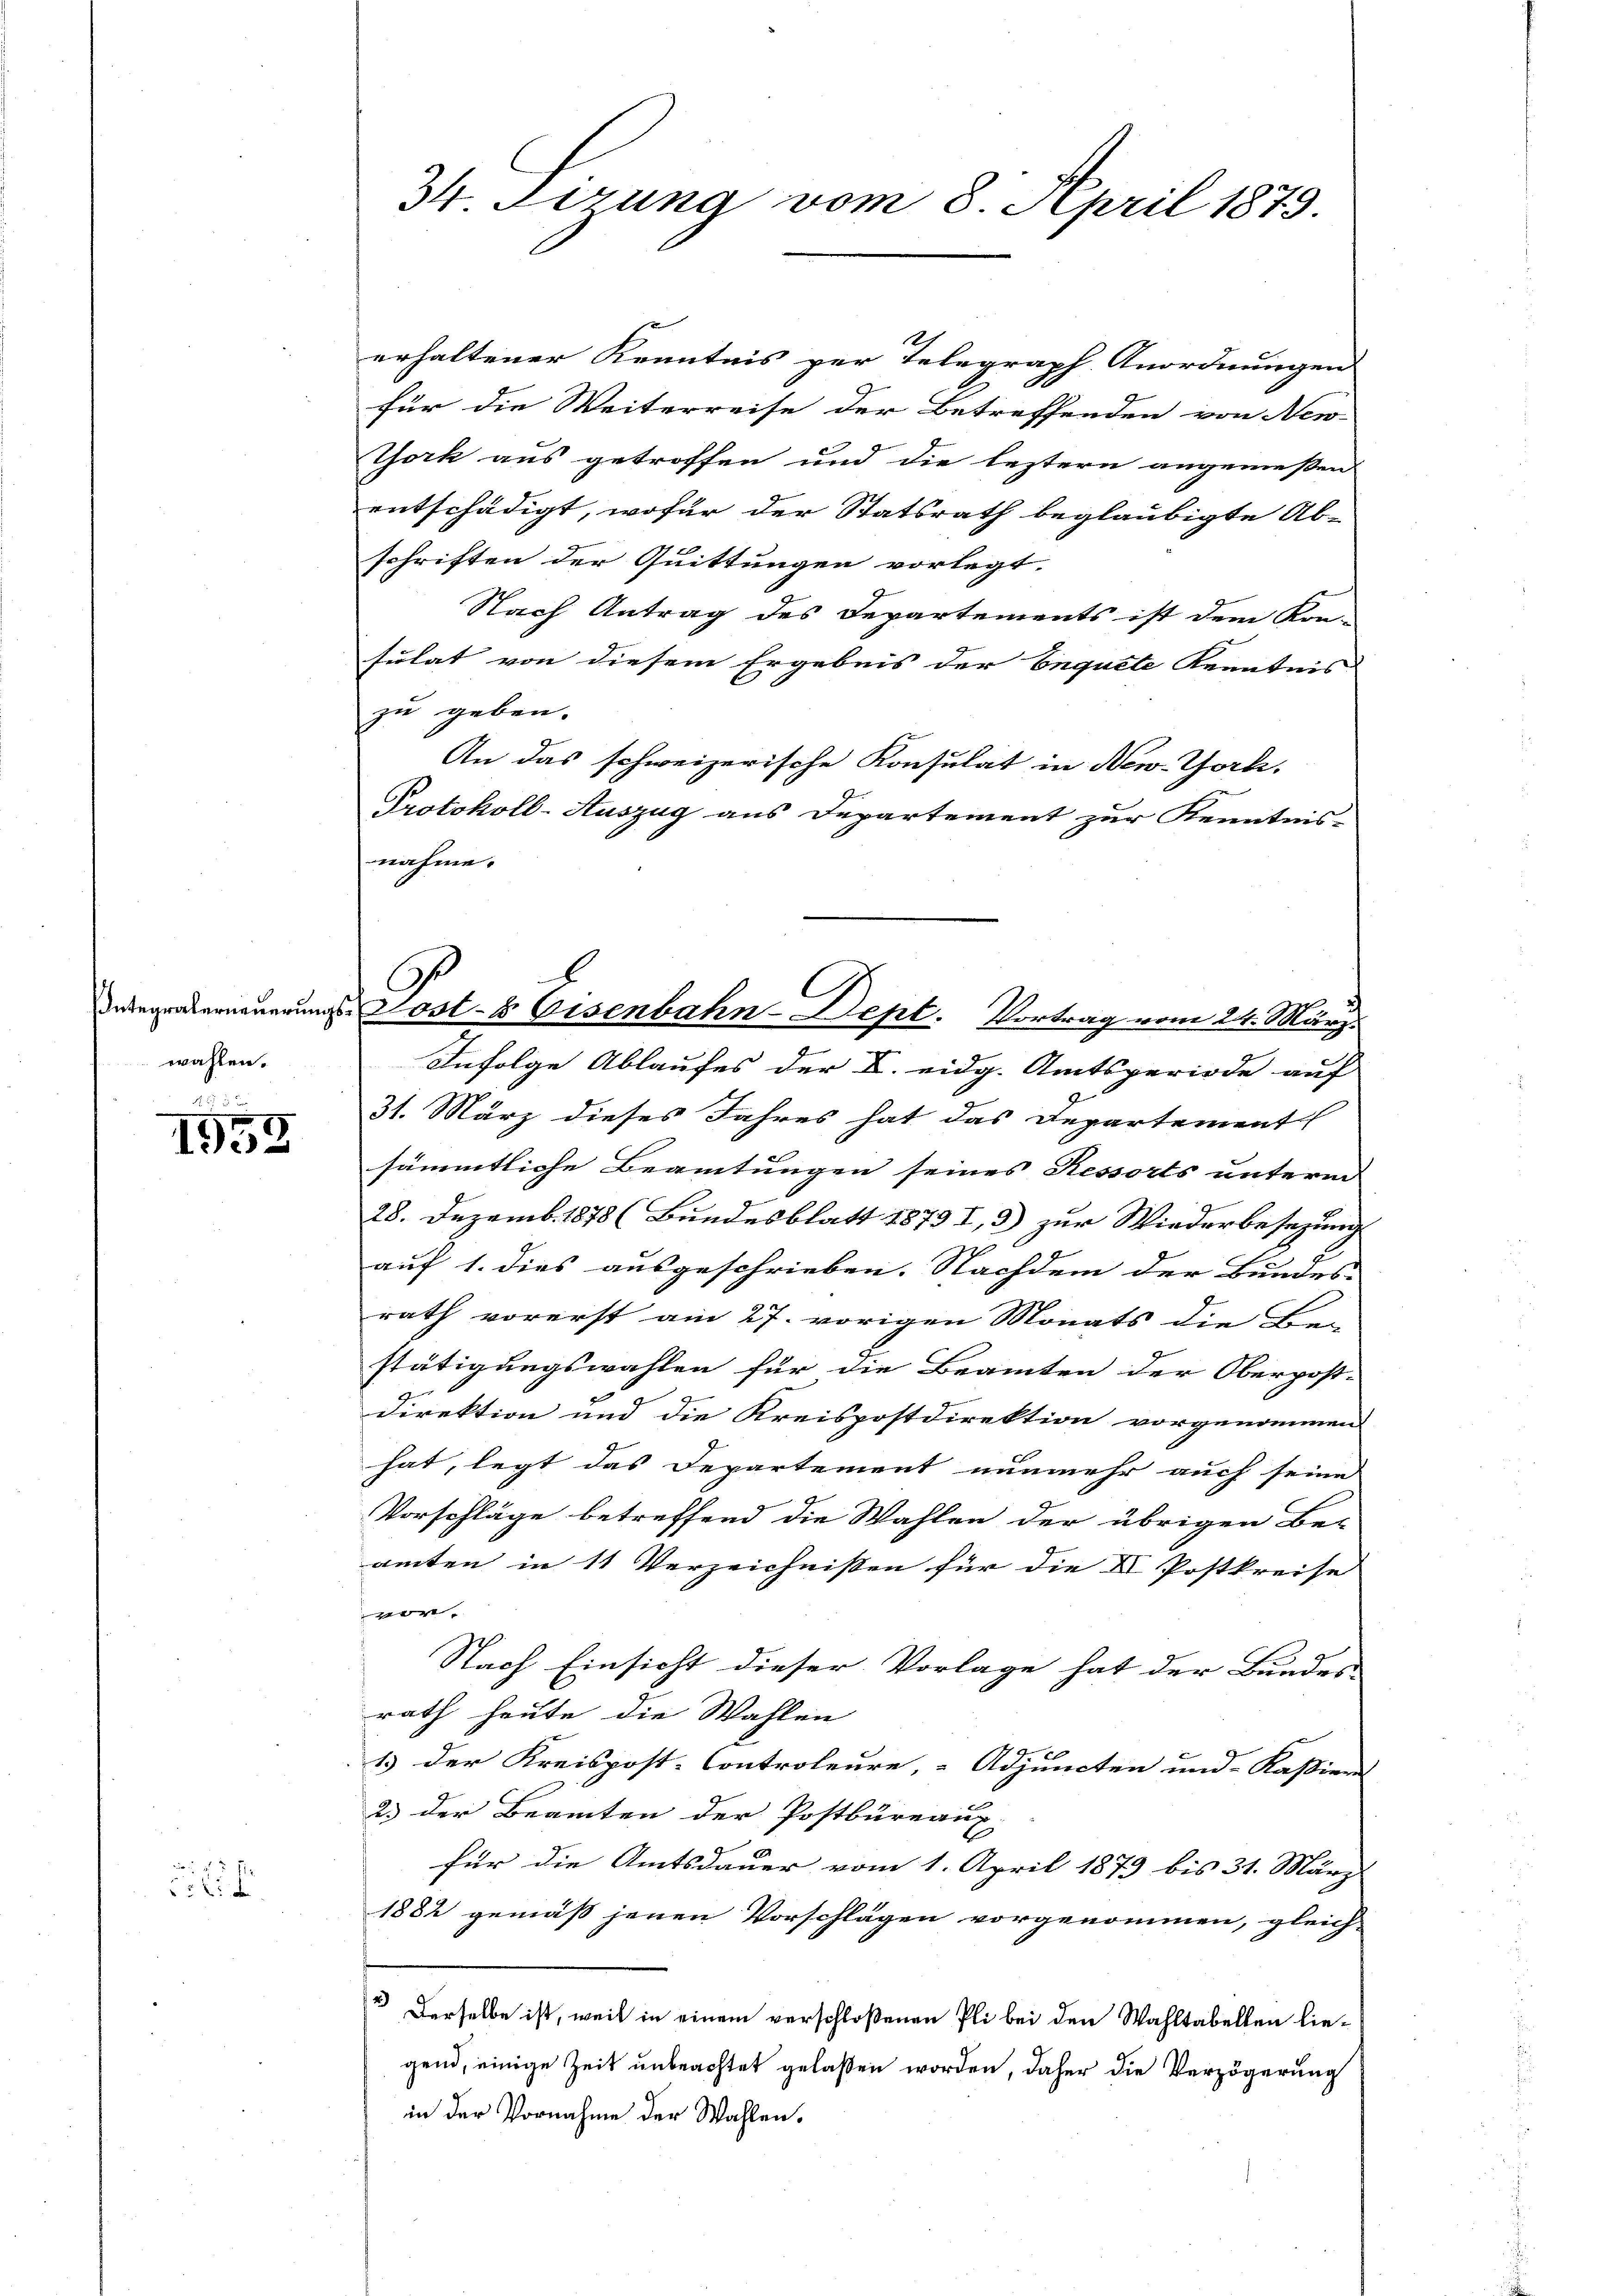
wahlen.

1955

a Er
1 f 0

34. Sirung vom 8. April 1879.

erhaltener Kenntnis per Telegraph Anordnungen |
für die Weiterreise der Betreffenden von New-
York aus getroffen und die leztern angemeßen
entschädigt, wofür der Statsrath beglaubigte Ab-
schriften der Quittungen vorlegt.
Nach Antrag des Departements ist dem Kon-
sulat von diesem Ergebnis der Enquete Kenntnis
zu geben.
An das schweizerische Konsulat in New-York,
Protokoll-Auszug aus Departement zur Kenntnis-
nahme.
Infolge Ablaufes der L. eidg. Amtsperiode auf
31. März dieses Jahres hat das Departementl
sämmtliche Beamtungen seines Ressorts unterm
28. Dezemb. 1878 (Bundesblatt 1873 I, 3) zur Wiederbesezung
auf 1. dies ausgeschrieben. Nachdem der Bundes-
rath vorerst am 27. vorigen Monats die Bei-
stätigungswahlen für die Beamten der Oberpost-
Direktion und die Kreispostdirektion vorgenommen
hat, legt das Departement nunmehr auch seine
Vorschläge betreffend die Wahlen der übrigen Be-
amten in 11 Verzeichnissen für die I Postkreise
vor.
Nach Einsicht dieser Vorlage hat der Bundes
rath heute die Wahlen
1.) Der Kreispost-Controleure, Adjuncten und Kasiens
2.) der Beamten der Postbüreaux
für die Amtsdauer vom 1. April 1879 bis 31. März
1882 gemäß jenen Vorschlägen vorgenommen, gleich-
 Derselbe ist, weil in einem verschloßenen Pli bei den Wahltabellen liegend, einige Zeit unbeachtet gelaßen worden, daher die Verzögerung
in der Vornahme der Wahlen.

C
Duregraberneuerungs Post- & Eisenbahn-Dept. Vortrag vom 24. März